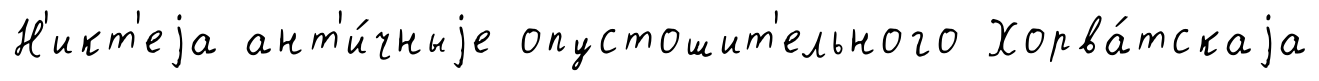
Н'икт'еjа ант'и́чныjе опустошит'ельного Хорва́тскаjа